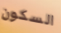
السكون